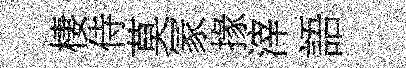
棲侍莫冡掾滓語